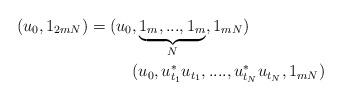
LaTeX: \begin{align*}(u_0,1_{2mN})=(u_0&,\underbrace{1_m,...,1_m}_N,1_{mN}) \\ & ( u_0,u_{t_1}^*u_{t_1},....,u_{t_N}^*u_{t_N},1_{mN})\end{align*}